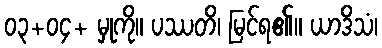
၀၃+၀၄+ မှုကို။ ပဿတိ၊ မြင်ရ၏။ ယာဒိသံ၊